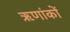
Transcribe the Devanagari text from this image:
ऋणांकों